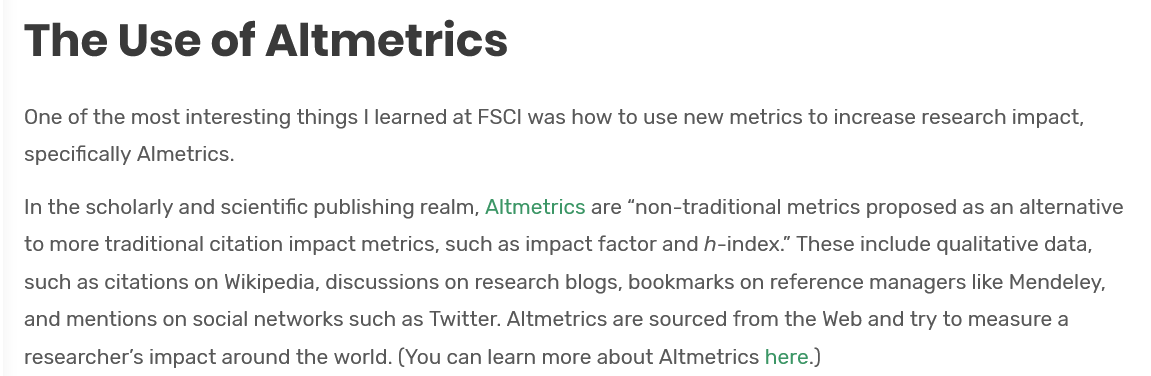
The    Use    of   Altmetrics
   One of the most interesting things | learned at FSCI was how to use new metrics to increase research impact,
   specifically Almetrics.
   In the scholarly and scientific publishing realm, Altmetrics are “non-traditional metrics proposed as an alternative
   to more traditional citation impact metrics, such as impact factor and h-index.” These include qualitative data,
   such as citations on Wikipedia, discussions on research blogs, bookmarks on reference managers like Mendeley,
   and mentions on social networks such as Twitter. Altmetrics are sourced from the Web and try to measure a
   researcher's impact around the world. (You can learn more about Altmetrics here.)